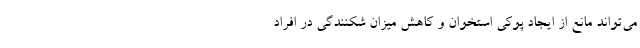
می‌تواند مانع از ایجاد پوکی استخوان و کاهش میزان شکنندگی در افراد